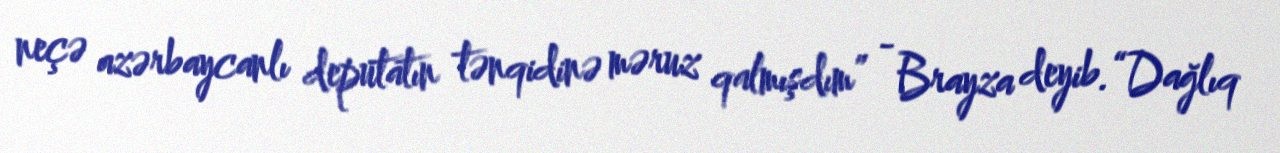
neçə azərbaycanlı deputatın tənqidinə məruz qalmışdım” - Brayza deyib.“Dağlıq